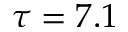
\tau = 7 . 1